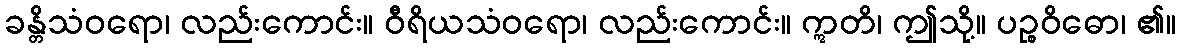
ခန္တိသံဝရော၊ လည်းကောင်း။ ဝီရိယသံဝရော၊ လည်းကောင်း။ ဣတိ၊ ဤသို့။ ပဉ္စဝိဓော၊ ၏။